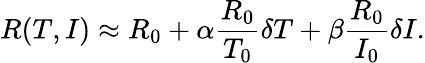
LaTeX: R(T,I)\approx R_{0}+\alpha\frac{R_{0}}{T_{0}}\delta T+\beta\frac{R_{0}}{I_{0}}\delta I.